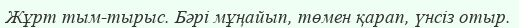
Жұрт тым-тырыс. Бәрі мұңайып, төмен қарап, үнсіз отыр.